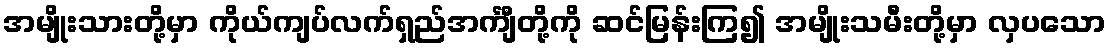
အမျိုးသားတို့မှာ ကိုယ်ကျပ်လက်ရှည်အင်္ကျီတို့ကို ဆင်မြန်းကြ၍ အမျိုးသမီးတို့မှာ လှပသော